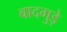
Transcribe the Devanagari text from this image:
बादगुड़े